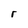
Character: r